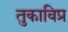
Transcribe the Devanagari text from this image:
तुकाविप्र